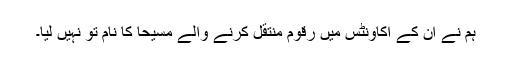
ہم نے ان کے اکاؤنٹس میں رقوم منتقل کرنے والے مسیحا کا نام تو نہیں لیا۔